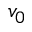
v _ { 0 }